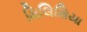
મિલિશિયા